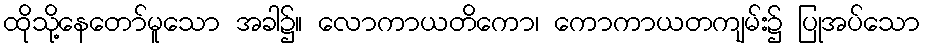
ထိုသို့နေတော်မူသော အခါ၌။ လောကာယတိကော၊ ကောကာယတကျမ်း၌ ပြုအပ်သော